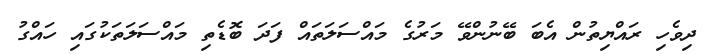
ދިވެހި ރައްޔިތުން އެބަ ބޭނުންވޭ މަރުގެ މައްސަލަތައް ފަދަ ބޮޑެތި މައްސަލަތަކުގައި ހައްގު